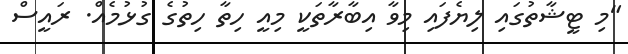
"މި ޓީޝާތުގައި ލިޔެފައި މިވާ އިބާރާތަކީ މިއީ ހިތާ ހިތުގެ ގުޅުމެއް. ރައީސް